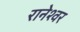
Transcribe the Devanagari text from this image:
रानेश्वर